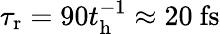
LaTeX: \tau_{\mathrm{r}}=90t_{\mathrm{h}}^{-1}\approx 20~\mathrm{fs}